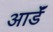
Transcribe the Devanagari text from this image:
आर्डॅ